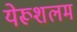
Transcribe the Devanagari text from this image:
येरूशलम